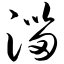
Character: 淄